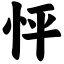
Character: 怦